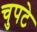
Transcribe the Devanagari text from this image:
चुपटे